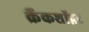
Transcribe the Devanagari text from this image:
क्रैंकशॉफ़्ट